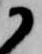
か